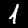
Label: 1